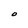
Character: O